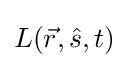
L({\vec {r}},{\hat {s}},t)